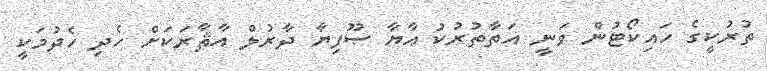
ތުރުކީގެ ހައިކޯޓުން ވަނީ އަތާތުރުކު އާޔާ ޞޫފިޔާ ދާރުލް އާޘާރަކަށް ހެދި ހެދުމަކީ